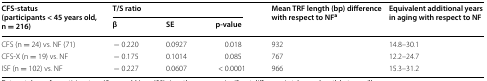
| <ROWSPAN=2> CFS-status (participants < 45 years old, n = 216) | <COLSPAN=3> T/S ratio | <ROWSPAN=2> Mean TRF length (bp) difference with respect to NFa | <ROWSPAN=2> Equivalent additional years in aging with respect to NF |
 | β | SE | p-value |
 | --- | --- | --- | --- | --- | --- |
 | CFS (n = 24) vs. NF (71) | − 0.220 | 0.0927 | 0.018 | 932 | 14.8–30.1 |
 | CFS-X (n = 19) vs. NF | − 0.175 | 0.1014 | 0.085 | 767 | 12.2–24.7 |
 | ISF (n = 102) vs. NF | − 0.227 | 0.0607 | < 0.0001 | 966 | 15.3–31.2 |